Sanitation, dispensaries and jails vaccination Rajputana 1922-1927 - 1922-1927
Year: 1922
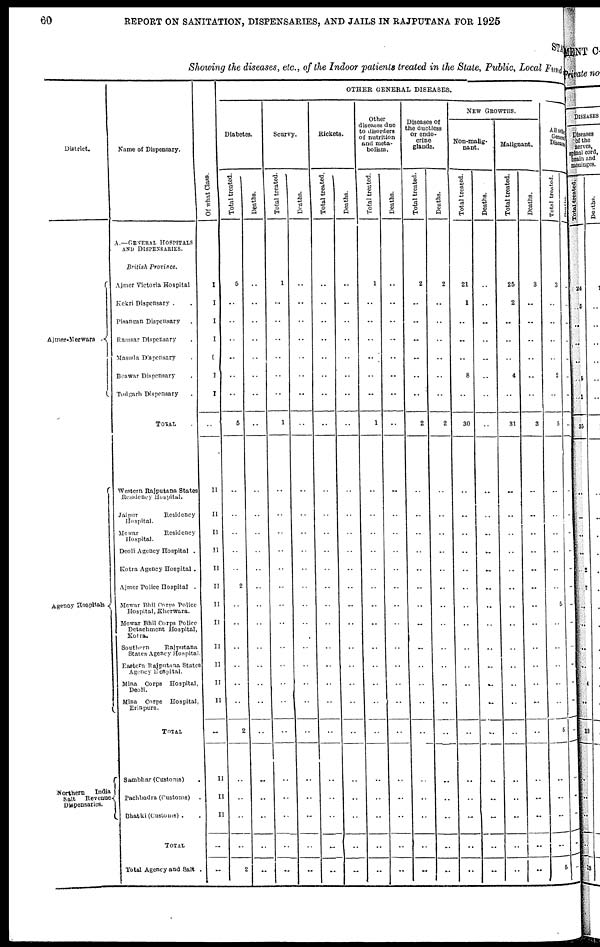
60
REPORT ON SANITATION, DISPENSARIES, AND JAILS IN RAJPUTANA FOR 1925
STATE
Showing the diseases, etc., of the Indoor patients treated in the State, Public, Local Fund
District.
Ajmer-Merwara
.
Agency Hospitals
Northern
India
Salt Revenue
Dispensaries.
Name of Dispensary.
A.—GENERAL HOSPITALS
AND DISPENSARIES.
British Province.
Ajmer Victoria Hospital
Kekri Dispensary . .
Pisangan Dispensary .
Ramsar Dispensary .
Masuda Dispensary .
Beawar Dispensary.
Todgarh Dispensary.
TOTAL
Western Rajputana States
Residency Hospital.
Jaipur
Residency
Hospital.
Mewar
Residency
Hospital.
Deoli Agency Hospital .
Kotra Agency Hospital .
Ajmer Police Hospital .
Mewar Bhil Corps Police
Hospital, Kherwara.
Mewar Bhil Corps Police
Detachment Hospital.
Kotra.
Southern
Rajputana
States Agency Hospital
Eastern Rajputana State
Agency Hospital.
Mina Corps Hospital,
Deoli.
Mina Corps Hospital,
Erinpura.
TOTAL
Sambhar (Customs)
Pachbadra (Customs)
Bhatki(Customs) .
TOTAL
Total Agency and Salt .
Of what Class.
I
I
I
I
I
I
I
..
II
II
II
II
II
II
II
II
II
II
II
II
..
II
II
II
..
..
OTHER GENERAL DISEASES.
Diabetes.
Total treated.
5
..
..
..
..
..
..
5
..
..
..
..
..
2
..
..
..
..
..
..
2
..
..
..
..
2
Deaths.
..
..
..
..
..
..
..
..
..
..
..
..
..
..
..
..
..
..
..
..
..
..
..
..
..
..
Scurvy.
Total treated.
1
..
..
..
..
..
..
1
..
..
..
..
..
..
..
..
..
..
..
..
..
..
..
..
..
..
Deaths.
..
..
..
..
..
..
..
..
..
..
..
..
..
..
..
..
..
..
..
..
..
..
..
..
..
..
Rickets.
Total treated.
..
..
..
..
..
..
..
..
..
..
..
..
..
..
..
..
..
..
..
..
..
..
..
..
..
..
Deaths.
..
..
..
..
..
..
..
..
..
..
..
..
..
..
..
..
..
..
..
..
..
..
..
..
..
..
Other
diseases due
to disorders
of nutrition
and meta-
bolism.
Total treated.
1
..
..
..
..
..
..
1
..
..
..
..
..
..
..
..
..
..
..
..
..
..
..
..
..
..
Deaths.
..
..
..
..
..
..
..
..
..
..
..
..
..
..
..
..
..
..
..
..
..
..
..
..
..
..
Diseases of
he ductless
or endo-
crine
glands.
Total treated.
2
...
..
..
..
..
..
2
..
..
..
..
..
..
..
..
..
..
..
..
..
..
..
..
..
..
Deaths.
2
..
..
..
..
..
..
2
..
..
..
..
..
..
..
..
..
..
..
..
..
..
..
..
..
..
NEW GROWTHS.
Non-malig-
nant.
Total treated.
21
1
..
..
..
8
..
30
..
..
..
..
..
..
..
..
..
..
..
..
...
..
..
..
..
..
Deaths.
..
..
..
..
..
..
..
..
..
..
..
..
..
..
..
..
..
..
..
..
..
..
..
..
..
..
Malignant.
Total treated.
25
2
..
..
..
4
..
31
..
..
..
..
..
..
..
..
..
..
..
..
..
..
..
..
..
..
Deaths.
3
..
..
..
..
..
..
3
..
..
..
..
..
..
..
..
..
..
..
..
..
..
..
..
..
..
All other
General
Diseases.
Total treated.
3
..
..
..
..
2
..
5
..
..
..
..
..
..
5
..
..
..
..
..
5
..
..
..
..
5
..
..
..
..
..
..
..
..
..
..
..
..
..
..
..
..
..
..
..
..
..
..
..
..
..